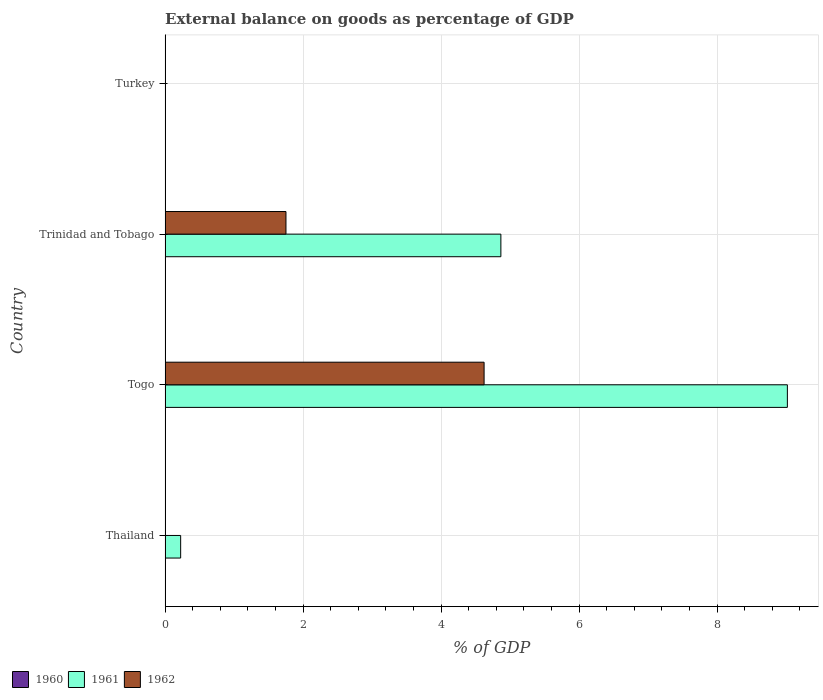
| Country | 1960 | 1961 | 1962 |
 | --- | --- | --- | --- |
 | Thailand | -1.27 | 0.225 | -1.96 |
 | Togo | -0.418 | 9.02 | 4.62 |
 | Trinidad and Tobago | -1.14 | 4.87 | 1.75 |
 | Turkey | -1.62 | -1.66 | -2.37 |